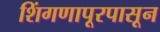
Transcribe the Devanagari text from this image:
शिंगणापूरपासून